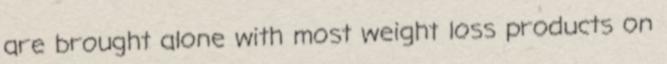
are brought alone with most weight loss products on